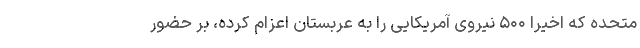
متحده که اخیرا ۵۰۰ نیروی آمریکایی را به عربستان اعزام کرده، بر حضور